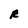
Character: R